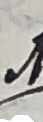
9.